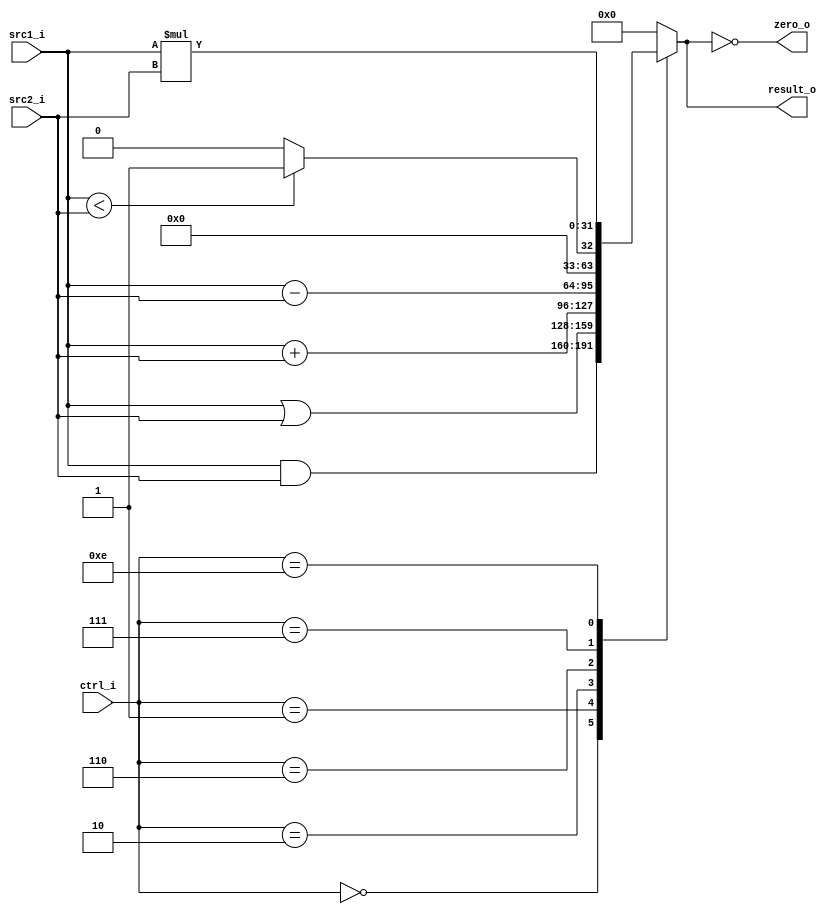
// 109550018 ???
`timescale 1ns/1ps

module ALU(
    src1_i,
	src2_i,
	ctrl_i,
	result_o,
	zero_o
	);
     
//I/O ports
input  [32-1:0]  src1_i;
input  [32-1:0]	 src2_i;
input  [4-1:0]   ctrl_i;

output [32-1:0]	 result_o;
output           zero_o;

//Internal signals
reg    [32-1:0]  result_o;
wire             zero_o;

//Parameter
assign zero_o = (result_o == 0);

//Main function 
always @(ctrl_i, src1_i, src2_i) begin
    case (ctrl_i)
        4'b0000: result_o <= src1_i & src2_i;
        4'b0001: result_o <= src1_i | src2_i;
        4'b0010: result_o <= src1_i + src2_i;
        4'b0110: result_o <= src1_i - src2_i;
        4'b0111: result_o <= (src1_i < src2_i) ? 1 : 0;
        4'b1110: result_o <= src1_i * src2_i;
        // 4'b1100: result_o <= ~(src1_i | src2_i);
        default: result_o <= 0;
    endcase
end

endmodule